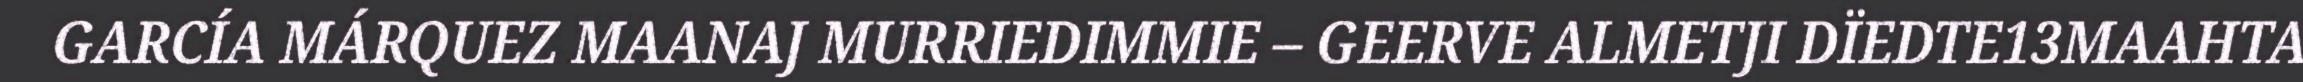
GARCÍA MÁRQUEZ MAANAJ MURRIEDIMMIE – GEERVE ALMETJI DÏEDTE13MAAHTA